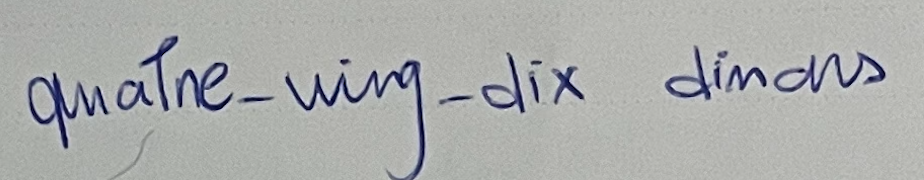
quatre-ving-dix dinars